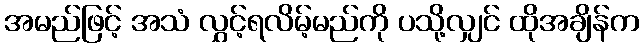
အမည်ဖြင့် အသံ လွှင့်ရလိမ့်မည်ကို ပသို့လျှင် ထိုအချိန်က